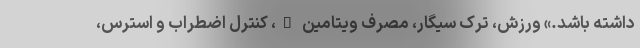
داشته باشد.» ورزش، ترک سیگار، مصرف ویتامین D، کنترل اضطراب و استرس،